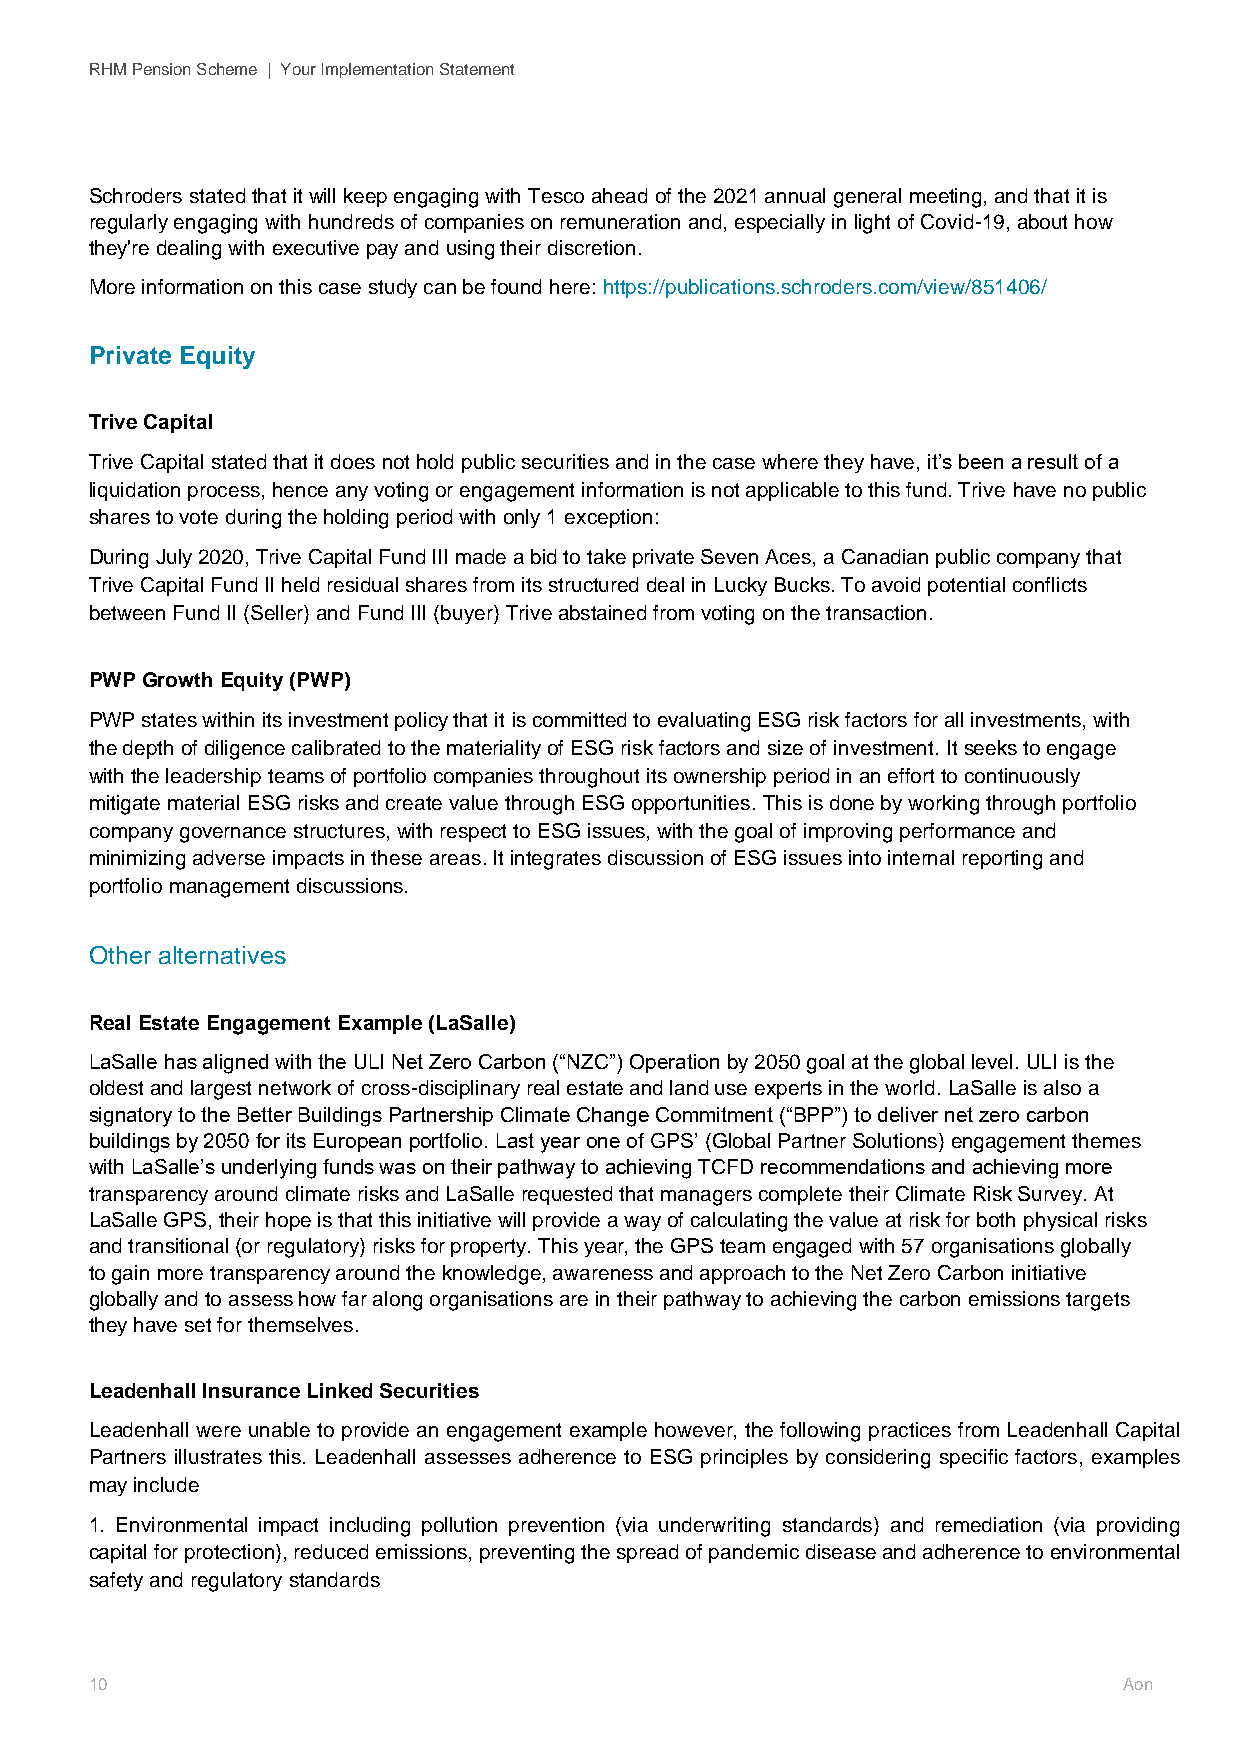
RHM Pension Scheme | Your Implementation Statement
 Schroders stated that it will keep engaging with Tesco ahead of the 2021 annual general meeting, and that it is
 regularly engaging with hundreds of companies on remuneration and, especially in light of Covid-19, about how
 they're dealing with executive pay and using their discretion.
 More information on this case study can be found here: https://publications.schroders.com/view/851406/
 Private Equity
 Trive Capital
 Trive Capital stated that it does not hold public securities and in the case where they have, it’s been a result of a
 liquidation process, hence any voting or engagement information is not applicable to this fund. Trive have no public
 shares to vote during the holding period with only 1 exception:
 During July 2020, Trive Capital Fund III made a bid to take private Seven Aces, a Canadian public company that
 Trive Capital Fund II held residual shares from its structured deal in Lucky Bucks. To avoid potential conflicts
 between Fund II (Seller) and Fund III (buyer) Trive abstained from voting on the transaction.
 PWP Growth Equity (PWP)
 PWP states within its investment policy that it is committed to evaluating ESG risk factors for all investments, with
 the depth of diligence calibrated to the materiality of ESG risk factors and size of investment. It seeks to engage
 with the leadership teams of portfolio companies throughout its ownership period in an effort to continuously
 mitigate material ESG risks and create value through ESG opportunities. This is done by working through portfolio
 company governance structures, with respect to ESG issues, with the goal of improving performance and
 minimizing adverse impacts in these areas. It integrates discussion of ESG issues into internal reporting and
 portfolio management discussions.
 Other alternatives
 Real Estate Engagement Example (LaSalle)
 LaSalle has aligned with the ULI Net Zero Carbon (“NZC”) Operation by 2050 goal at the global level. ULI is the
 oldest and largest network of cross-disciplinary real estate and land use experts in the world. LaSalle is also a
 signatory to the Better Buildings Partnership Climate Change Commitment (“BPP”) to deliver net zero carbon
 buildings by 2050 for its European portfolio. Last year one of GPS’ (Global Partner Solutions) engagement themes
 with LaSalle’s underlying funds was on their pathway to achieving TCFD recommendations and achieving more
 transparency around climate risks and LaSalle requested that managers complete their Climate Risk Survey. At
 LaSalle GPS, their hope is that this initiative will provide a way of calculating the value at risk for both physical risks
 and transitional (or regulatory) risks for property. This year, the GPS team engaged with 57 organisations globally
 to gain more transparency around the knowledge, awareness and approach to the Net Zero Carbon initiative
 globally and to assess how far along organisations are in their pathway to achieving the carbon emissions targets
 they have set for themselves.
 Leadenhall Insurance Linked Securities
 Leadenhall were unable to provide an engagement example however, the following practices from Leadenhall Capital
 Partners illustrates this. Leadenhall assesses adherence to ESG principles by considering specific factors, examples
 may include
 1. Environmental impact including pollution prevention (via underwriting standards) and remediation (via providing
 capital for protection), reduced emissions, preventing the spread of pandemic disease and adherence to environmental
 safety and regulatory standards
 10                                                                  Aon